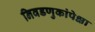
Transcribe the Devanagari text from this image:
निवडणुकांपेक्षा